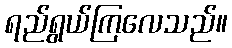
ရည်ရွယ်ကြလေသည်။